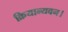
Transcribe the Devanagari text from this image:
क्रियान्यवन।